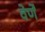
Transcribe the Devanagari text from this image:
वेर्णें